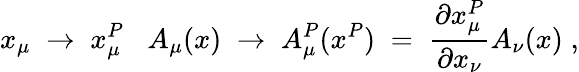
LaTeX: x_{\mu}\; \to\; x_{\mu}^{P}\; \; \; A_{\mu}(x)\; \to\; A_{\mu}^{P}(x^{P})\; =\; \frac{\partial x_{\mu}^{P}}{\partial x_{\nu}}A_{\nu}(x)\; ,